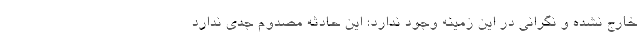
خارج نشده و نگرانی در این زمینه وجود ندارد؛ این حادثه مصدوم جدی ندارد